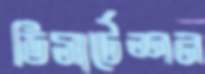
ডিসার্টেশন